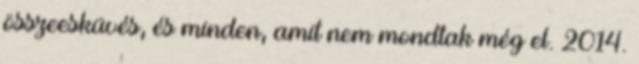
összeesküvés, és minden, amit nem mondtak még el. 2014.